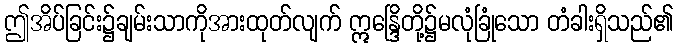
ဤအိပ်ခြင်း၌ချမ်းသာကိုအားထုတ်လျက် ဣန္ဒြေိတို့၌မလုံခြုံသော တံခါးရှိသည်၏